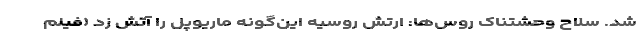
شد. سلاح وحشتناک روس‌‌ها: ارتش روسیه این‌گونه ماریوپل را آتش زد (فیلم